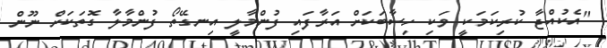
"އެކުއްޖާ ކުރިކަމަކީ ވަކި ހިސާބަކަށް އަރާފައި ފުންމާލީ އިނގޭތޯ ފުންމާލާ ގޮތަކަށް ނޫން